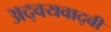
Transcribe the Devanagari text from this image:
अद्वयवाद्वी